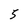
Character: 5